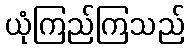
ယုံကြည်ကြသည်